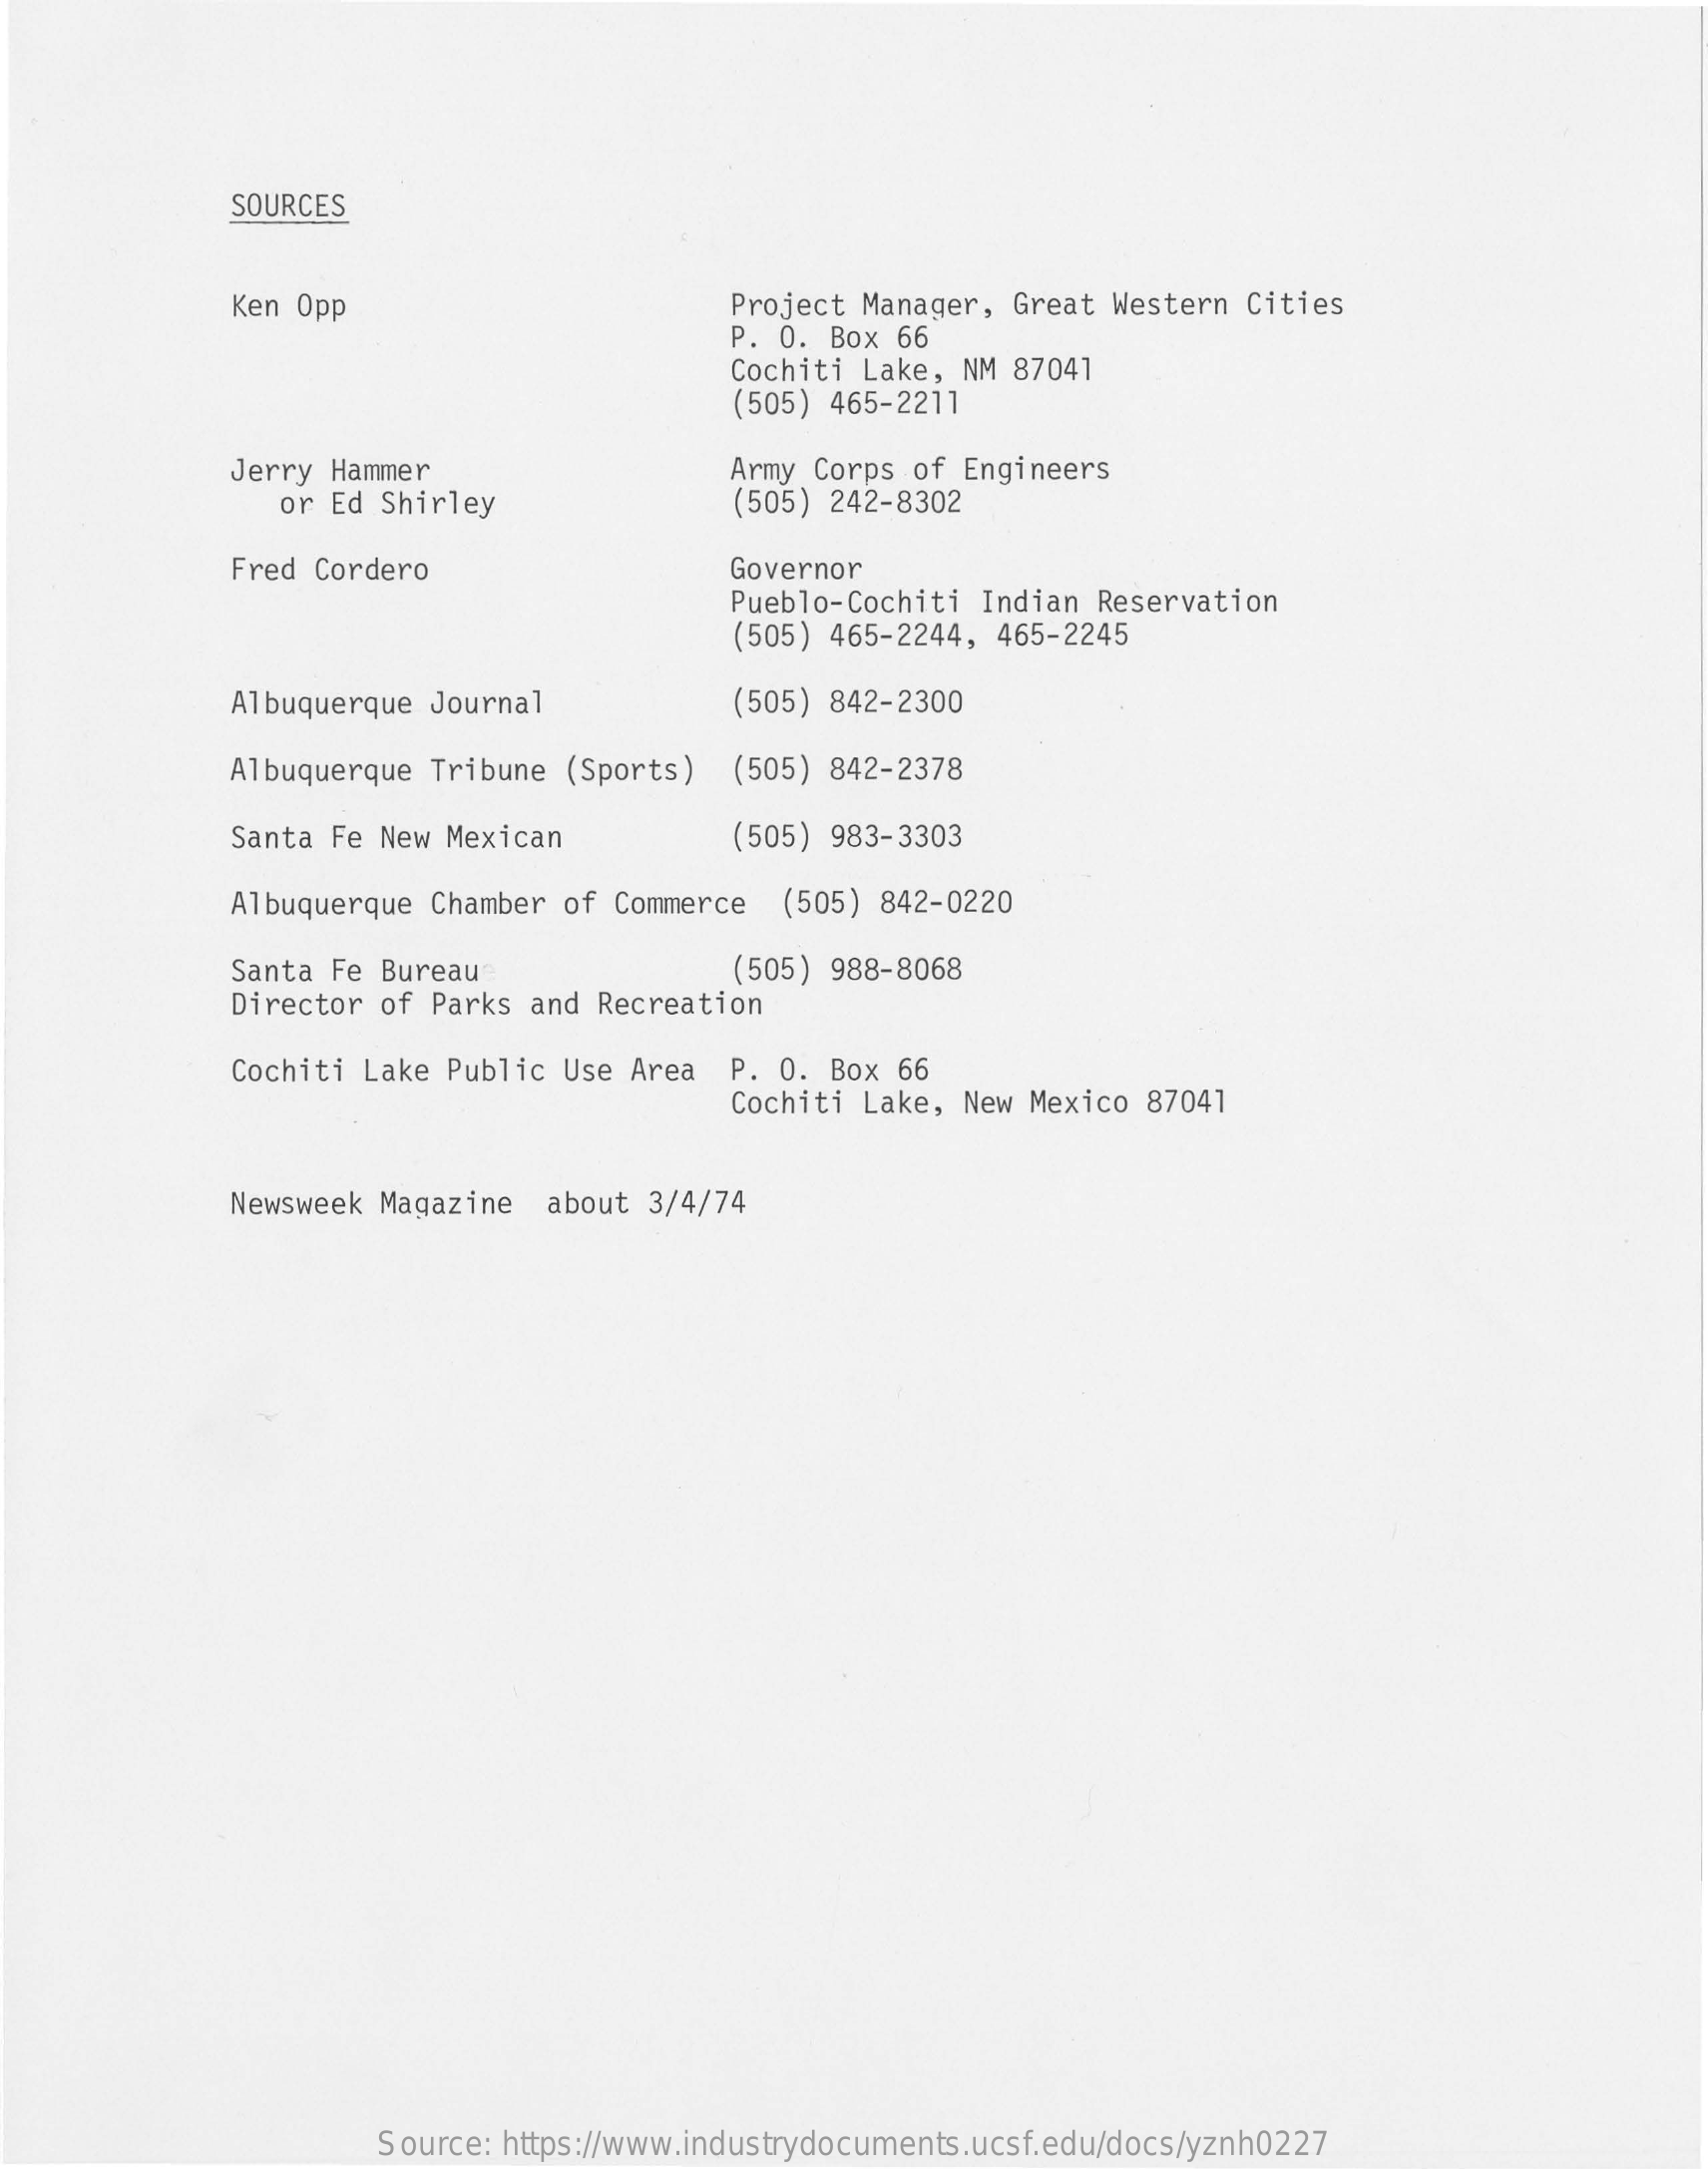
SOURCES
     Ken Opp    Project Manager, Great Western Cities
     P. O. Box 66
     Cochiti Lake, NM 87041
     (505) 465-2211
     Jerry Hammer
     or Ed Shirley
     Army Corps of  Engineers
     (505) 242-8302
     Fred Cordero    Governor
     Pueblo-Cochiti Indian Reservation
     (505) 465-2244, 465-2245
     Albuquerque  Journal    (505) 842-2300
     Albuquerque  Tribune (Sports)  (505) 842-2378
     Santa Fe New Mexican    (505) 983-3303
     Albuquerque  Chamber of Commerce  (505)  842-0220
     Santa Fe Bureau    (505) 988-8068
     Director of  Parks and Recreation
     Cochiti Lake Public  Use Area  P. O. Box  66
     Cochiti Lake,  New Mexico 87041
     Newsweek Magazine   about 3/4/74
     Source: https://www.industrydocuments.ucsf.edu/docs/yznh0227